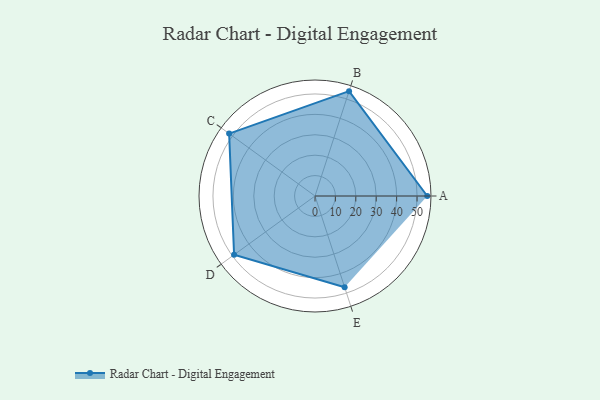
{"axis": {"x": "Skill", "y": "Score"}, "legend": ["Profile"], "data": [{"x": "A", "y": 55.0, "type": "Profile"}, {"x": "B", "y": 54.0, "type": "Profile"}, {"x": "C", "y": 52.0, "type": "Profile"}, {"x": "D", "y": 49.0, "type": "Profile"}, {"x": "E", "y": 47.0, "type": "Profile"}]}